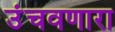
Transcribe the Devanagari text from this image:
उंचवणारा